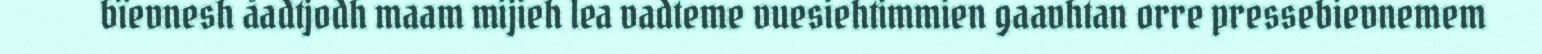
bïevnesh åadtjodh maam mijieh lea vadteme vuesiehtimmien gaavhtan orre pressebievnemem